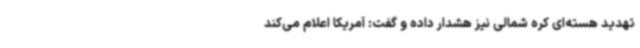
تهدید هسته‌ای کره شمالی نیز هشدار داده و گفت: آمریکا اعلام می‌کند